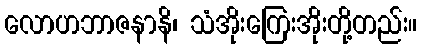
လောဟဘာဇနာနိ၊ သံအိုးကြေးအိုးတို့တည်း။